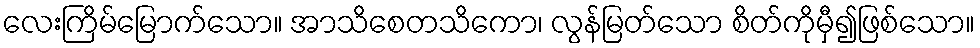
လေးကြိမ်မြောက်သော။ အာသိစေတသိကော၊ လွန်မြတ်သော စိတ်ကိုမှီ၍ဖြစ်သော။